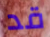
قد